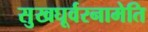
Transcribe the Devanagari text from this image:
सुखघूर्वरनामेति